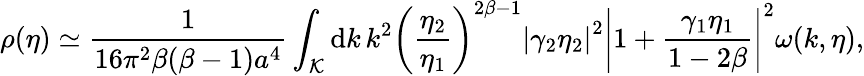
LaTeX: \rho(\eta)\simeq\frac{1}{16\pi^{2}\beta(\beta-1)a^{4}}\int_{\cal K}\mathrm{d}k\, k^{2}\left(\frac{\eta_{2}}{\eta_{1}}\right)^{2\beta-1}\left|\gamma_{2}\eta_{2}\right|^{2}\left|1+\frac{\gamma_{1}\eta_{1}}{1-2\beta}\right|^{2}\omega(k,\eta),